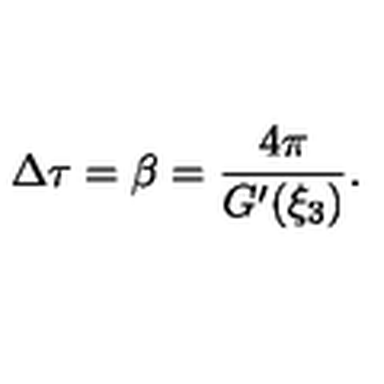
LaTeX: \Delta \tau = \beta = \frac { 4 \pi } { G ^ { \prime } ( \xi _ { 3 } ) } .